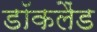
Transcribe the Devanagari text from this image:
डॉकलैंड